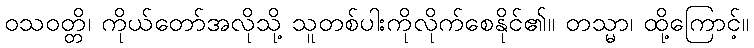
ဝသဝတ္တိ၊ ကိုယ်တော်အလိုသို့ သူတစ်ပါးကိုလိုက်စေနိုင်၏။ တသ္မာ၊ ထို့ကြောင့်။